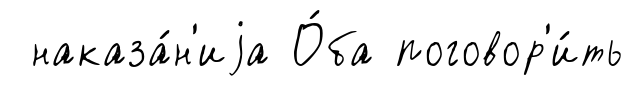
наказа́н'иjа О́ба поговор'и́ть